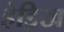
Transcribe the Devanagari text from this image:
हेड्रिख